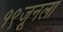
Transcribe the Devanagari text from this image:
१९जूनला